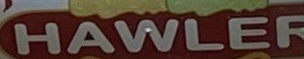
HAWLER